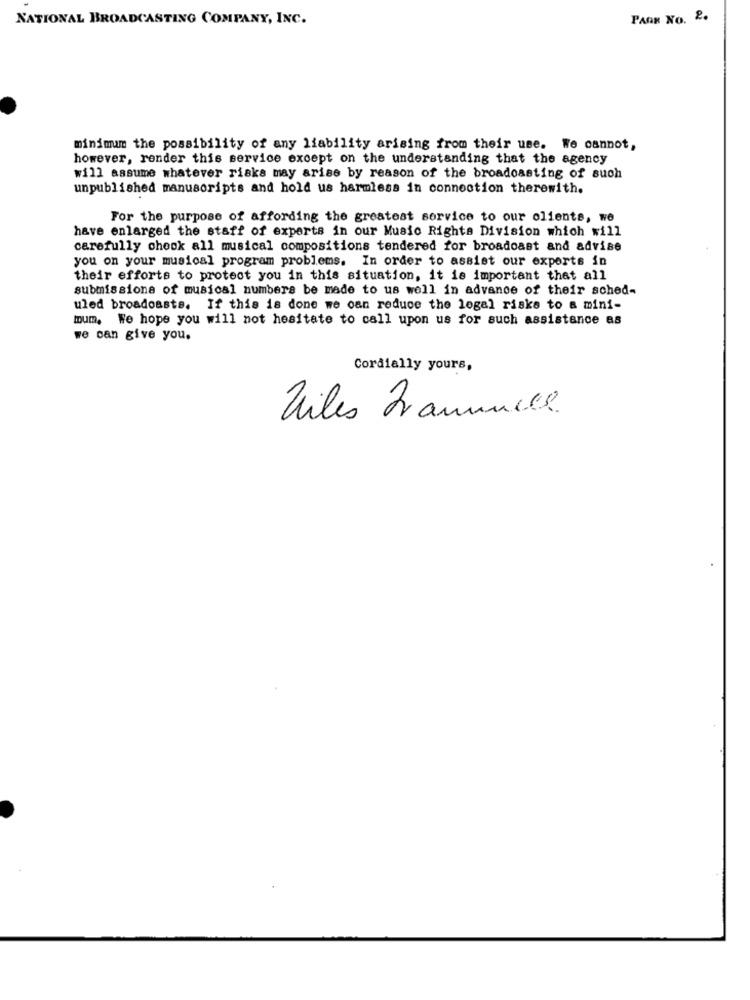
NATIONAL BROADCASTING COMPANY, INC.
PAAR NO. 2.
minimum the possibility of any liability arising from their use. We cannot,
however, render this service except on the understanding that the agency
will assume whatever risks may arise by reason of the broadcasting of such
unpublished manuscripts and hold us harmless in connection therewith.
For the purpose of affording the greatest service to our olients, we
have enlarged the staff of experts in our Music Rights Division which will
carefully cheok all musical compositions tendered for broadcast and advise
you on your musical program problems. In order to assist our experts in
their efforts to protect you in this situation, it is important that all
submissions of musical numbers be made to us well in advance of their sched-
uled broadcasts. If this is done we can reduce the legal risks to a mini-
mum. We hope you will not hesitate to call upon us for such assistance as
we can give you.
Cordially yours,
Viles Frannunes